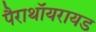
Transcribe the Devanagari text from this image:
पैराथॉयरायड